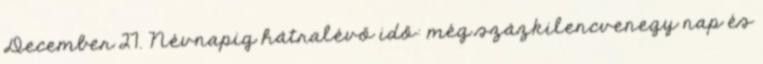
December 27. Névnapig hátralévő idő: még százkilencvenegy nap és